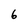
Character: 6